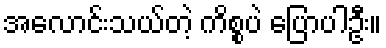
အလောင်းသယ်တဲ့ ကိစ္စပဲ ပြောပါဦး။